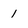
Character: 1